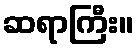
ဆရာကြီး။